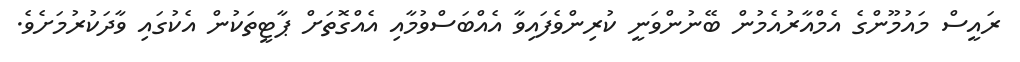
ރައީސް މައުމޫންގެ އެމްއާރުއެމުން ބޭނުންވަނީ ކުރިންވެފައިވާ އެއްބަސްވުމާއި އެއްގޮތަށް ޕާޓީތަކުން އެކުގައި ވާދަކުރުމަށެވެ.